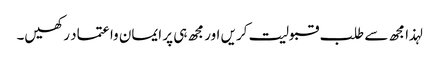
لہذا مجھ سے طلب قبولیت کریں اور مجھ ہی پر ایمان وا عتماد رکھیں۔